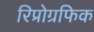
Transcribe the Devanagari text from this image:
रिप्रोग्रफिक